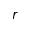
r